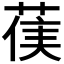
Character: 𮏻